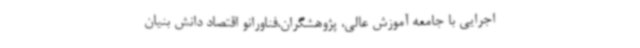
اجرایی با جامعه آموزش عالی، پژوهشگران،فناورانو اقتصاد دانش بنیان